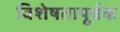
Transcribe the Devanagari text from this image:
विशेषतापूर्वक